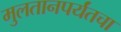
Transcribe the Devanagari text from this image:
मुलतानपर्यंतचा